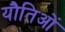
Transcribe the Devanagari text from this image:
यौतिओं